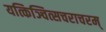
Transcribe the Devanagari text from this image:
यत्किञ्चित्सचराचरम्